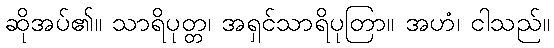
ဆိုအပ်၏။ သာရိပုတ္တ၊ အရှင်သာရိပုတြာ။ အဟံ၊ ငါသည်။